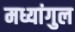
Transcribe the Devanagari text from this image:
मध्यांगुल